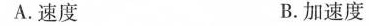
A.速度 B.加速度